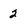
Character: 2